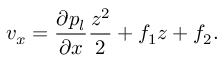
v _ { x } = \frac { \partial p _ { l } } { \partial x } \frac { z ^ { 2 } } { 2 } + f _ { 1 } z + f _ { 2 } .